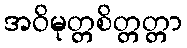
အဝိမုတ္တစိတ္တတ္တာ